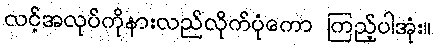
လင့်အလုပ်ကိုနားလည်လိုက်ပုံကော ကြည့်ပါအုံး။